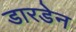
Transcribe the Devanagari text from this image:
डारडेन